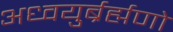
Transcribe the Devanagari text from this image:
अध्वयुर्ब्रर्ह्मणो